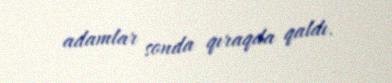
adamlar sonda qıraqda qaldı.